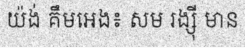
យ៉ង់ គឹមអេង៖ សម រង្ស៊ី មាន